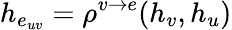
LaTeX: h_{e_{uv}}=\rho^{v\rightarrow e}(h_{v},h_{u})